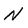
Character: N